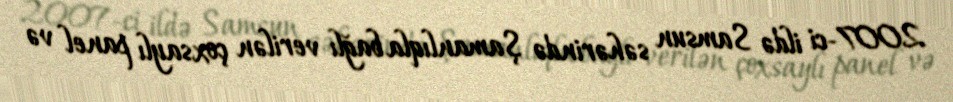
2007-ci ildə Samsun səhərində Şamanlıqla bağlı verilən çoxsaylı panel və